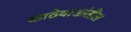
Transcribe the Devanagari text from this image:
काठेवाडांतील